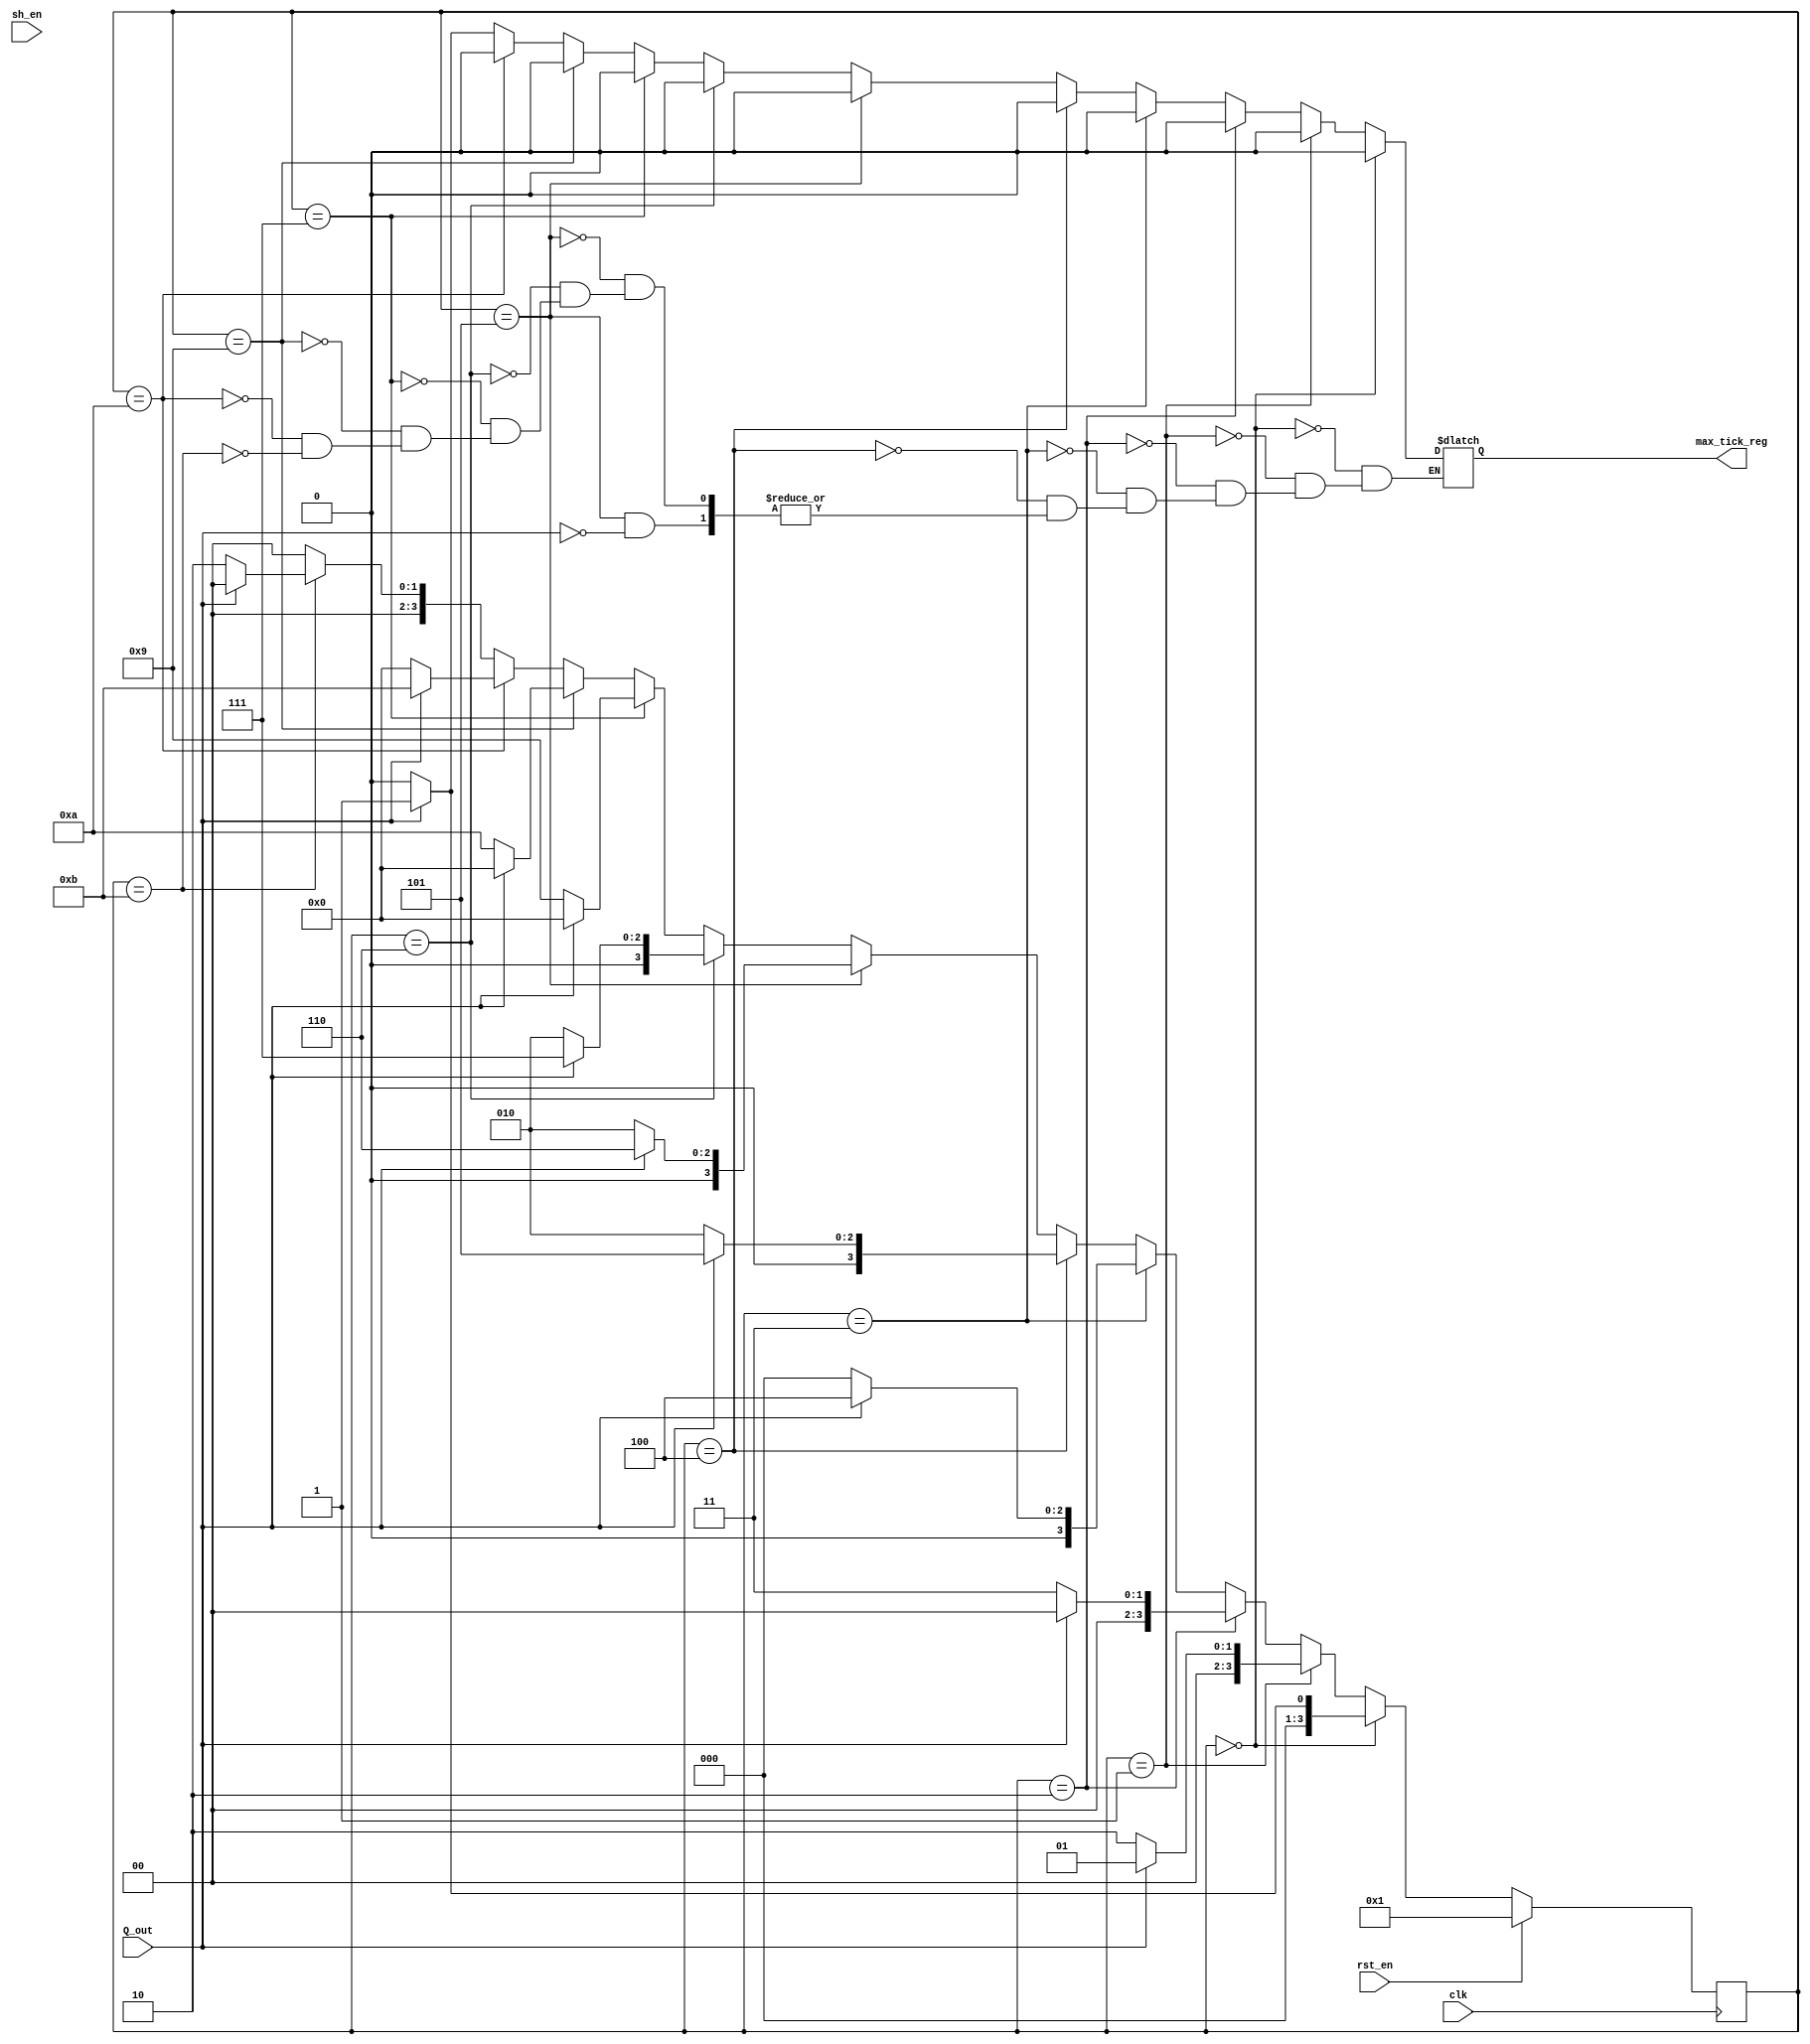

module moore
     ( input wire  clk, rst_en, sh_en,
     input wire Q_out,
     output reg max_tick_reg = 1'b0
     );
     reg tick;
     parameter state0=4'b0000, 
               state1=4'b0001,
               state2=4'b0010,
               state3=4'b0011,
               state4=4'b0100, 
               state5=4'b0101,
               state6=4'b0110,
               state7=4'b0111,
               state8=4'b1001,
               state9=4'b1010,
               state10=4'b1011;
               
     reg [3:0] nst, st;
     
     always @ (posedge clk) begin
        if (rst_en) begin
            st <= state1;
            end
        else begin
            st <= nst;
            end
     end
     
     always @ * begin
        if (st == state0) begin
            if (Q_out == 1'b1) begin
                nst <= state1;
                max_tick_reg <= 1'b0;
                end
            else begin
                nst <= state0;
                max_tick_reg <= 1'b0;
                end
            end
        else if (st == state1)begin
            if (Q_out == 1'b0) begin
                nst <= state2;
                max_tick_reg <= 1'b0;
                end
            else begin
                nst <= state1;
                max_tick_reg <= 1'b0;
                end
            end
        else if (st == state2)begin
            if (Q_out == 1'b0) begin
                nst <= state3;
                max_tick_reg <= 1'b0;
                end
            else begin
                nst <= state0;   
                max_tick_reg <= 1'b0;
                end
            end 
        else if (st == state3)begin
            if (Q_out == 1'b1) begin
                nst <= state4;
                max_tick_reg <= 1'b0;
                end
            else begin
                nst <= state0;
                max_tick_reg <= 1'b0;
                end  
            end
        else if (st == state4)begin
            if (Q_out == 1'b1)begin
                nst <= state5;
                max_tick_reg <= 1'b0;
                end
            else begin
                nst <= state2;
                max_tick_reg <= 1'b0;
                end
            end
        else if (st == state5)begin
            if (Q_out == 1'b1)begin
                nst <= state6;
                max_tick_reg <= 1'b0;
                end
            else begin
                nst <= state2;
                end
            end   
        else if (st == state6)begin
            if (Q_out == 1'b1)begin
                nst <= state7;
                max_tick_reg <= 1'b0;
                end
            else begin
                nst <= state2;
                max_tick_reg <= 1'b0;
                end
            end
        else if (st == state7)begin
            if (Q_out == 1'b0) begin
                nst <= state8;
                max_tick_reg <= 1'b0;
                end
            else begin
                nst <= state0;
                max_tick_reg <= 1'b0;
                end
            end
        else if (st == state8)begin
            if (Q_out == 1'b0) begin
                nst <= state9;
                max_tick_reg <= 1'b0;
                end
            else begin
                nst <= state0;
                max_tick_reg <= 1'b0;
                end
            end
        else if (st == state9)begin
            if (Q_out == 1'b1) begin
                nst <= state10;
                max_tick_reg <= 1'b0;
                end
            else begin
                nst <= state0;
                max_tick_reg <= 1'b0;
                end
            end
        else if (st == state10)begin
            if (Q_out == 1'b1) begin
                max_tick_reg <= 1'b1;
                nst <= state0;
                end
            else begin           
                nst <= state2; 
                max_tick_reg <= 1'b0;
                end
            end
        else nst <= state0;   
    end

endmodule